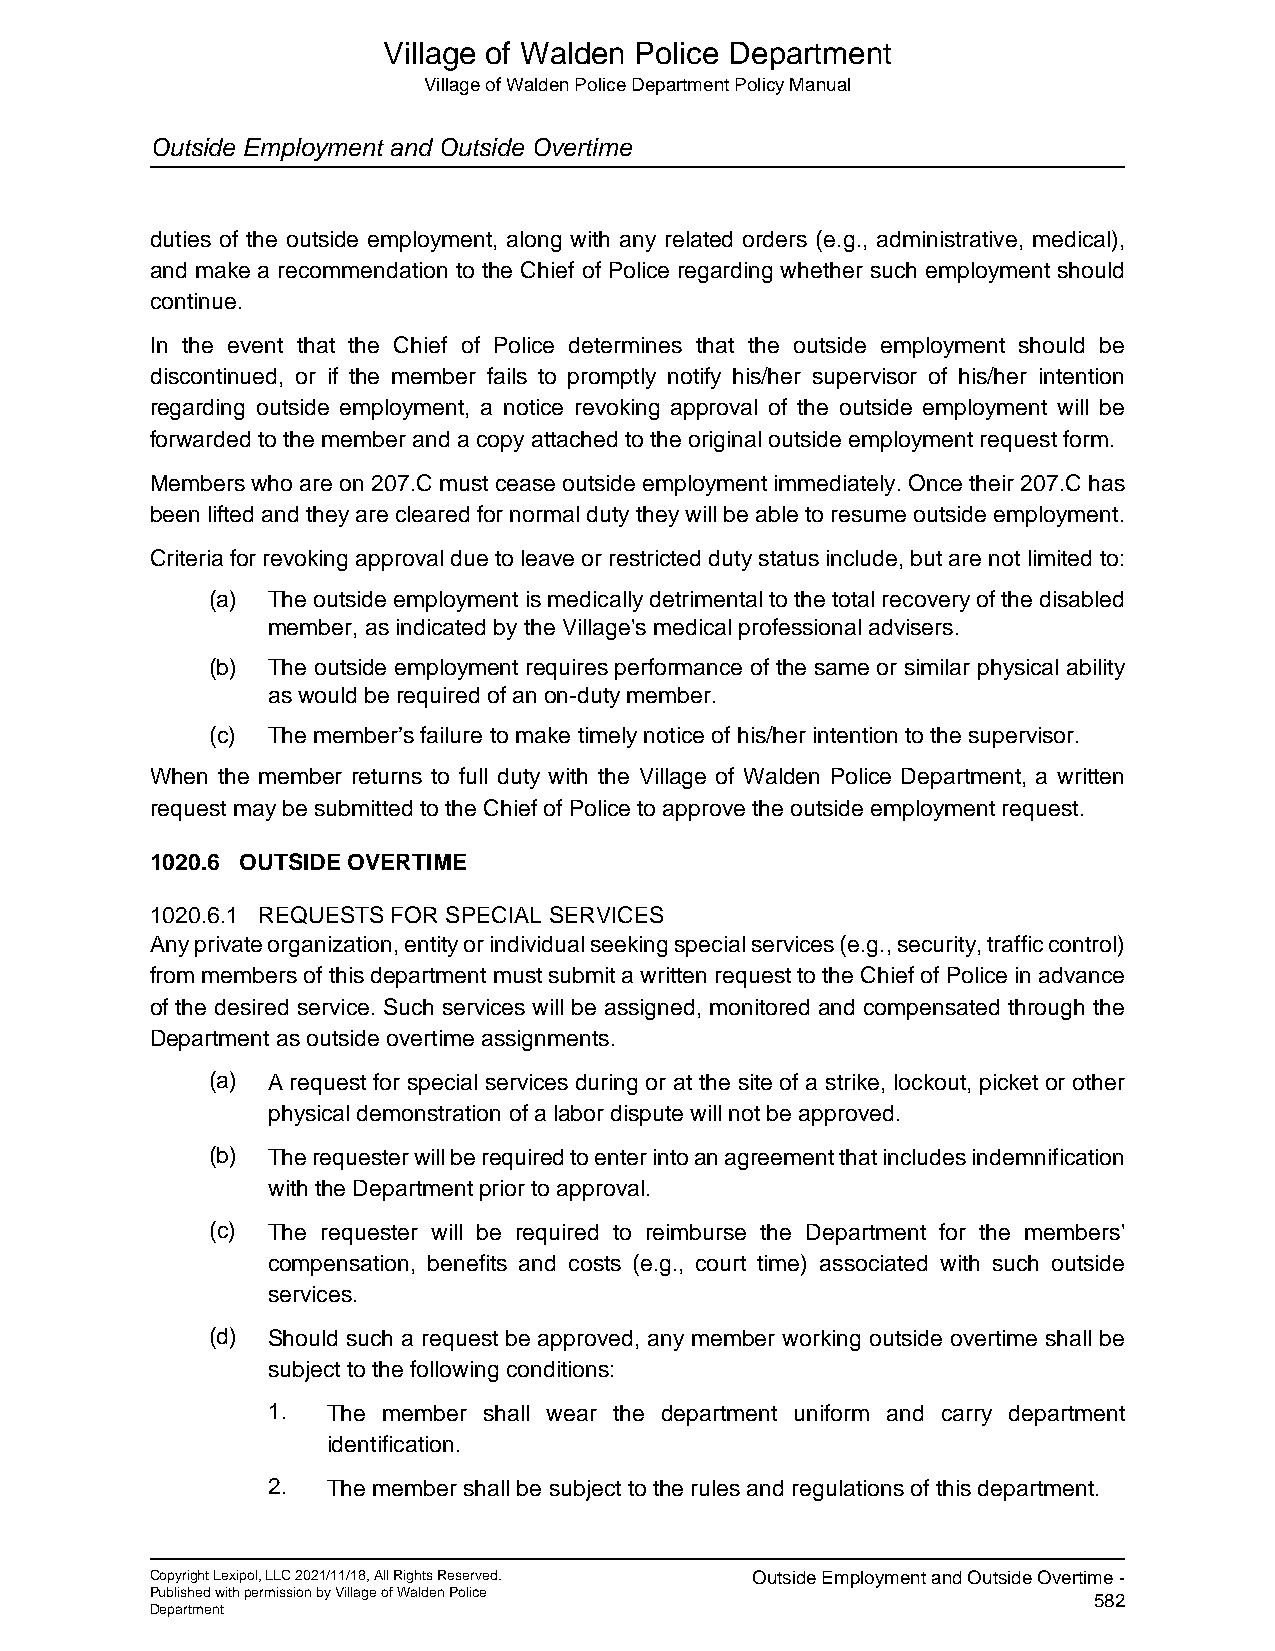
Village of Walden Police Department
 Village of Walden Police Department Policy Manual
 Outside Employment and Outside Overtime
 duties of the outside employment, along with any related orders (e.g., administrative, medical),
 and make a recommendation to the Chief of Police regarding whether such employment should
 continue.
 In the event that the Chief of Police determines that the outside employment should be
 discontinued, or if the member fails to promptly notify his/her supervisor of his/her intention
 regarding outside employment, a notice revoking approval of the outside employment will be
 forwarded to the member and a copy attached to the original outside employment request form.
 Members who are on 207.C must cease outside employment immediately. Once their 207.C has
 been lifted and they are cleared for normal duty they will be able to resume outside employment.
 Criteria for revoking approval due to leave or restricted duty status include, but are not limited to:
 (a) The outside employment is medically detrimental to the total recovery of the disabled
 member, as indicated by the Village's medical professional advisers.
 (b) The outside employment requires performance of the same or similar physical ability
 as would be required of an on-duty member.
 (c) The member’s failure to make timely notice of his/her intention to the supervisor.
 When the member returns to full duty with the Village of Walden Police Department, a written
 request may be submitted to the Chief of Police to approve the outside employment request.
 1020.6 OUTSIDE OVERTIME
 1020.6.1 REQUESTS FOR SPECIAL SERVICES
 Any private organization, entity or individual seeking special services (e.g., security, traffic control)
 from members of this department must submit a written request to the Chief of Police in advance
 of the desired service. Such services will be assigned, monitored and compensated through the
 Department as outside overtime assignments.
 (a) A request for special services during or at the site of a strike, lockout, picket or other
 physical demonstration of a labor dispute will not be approved.
 (b) The requester will be required to enter into an agreement that includes indemnification
 with the Department prior to approval.
 (c) The requester will be required to reimburse the Department for the members'
 compensation, benefits and costs (e.g., court time) associated with such outside
 services.
 (d) Should such a request be approved, any member working outside overtime shall be
 subject to the following conditions:
 1.  The member shall wear the department uniform and carry department
 identification.
 2.  The member shall be subject to the rules and regulations of this department.
 Copyright Lexipol, LLC 2021/11/18, All Rights Reserved. Outside Employment and Outside Overtime -
 Published with permission by Village of Walden Police         582
 Department